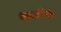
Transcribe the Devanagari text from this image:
केलीचे